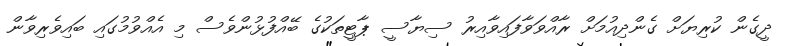
ދީގެން ކުރިޔަށް ގެންދިއުމަށް ރާއްވަވާފައިވާއިރު ސިޔާސީ ޕާޓީތަކުގެ ބޭއްފުޅުންވެސް މި އެއްވުމުގައި ބައިވެރިވާން